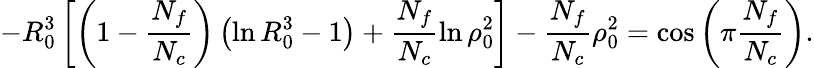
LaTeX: -R_{0}^{3}\left[\left(1-\frac{N_{f}}{N_{c}}\right)\left(\ln R_{0}^{3}-1\right)+\frac{N_{f}}{N_{c}}\ln\rho_{0}^{2}\right]-\frac{N_{f}}{N_{c}}\rho_{0}^{2}=\cos\left(\pi\frac{N_{f}}{N_{c}}\right).